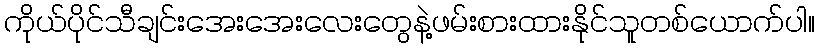
ကိုယ်ပိုင်သီချင်းအေးအေးလေးတွေနဲ့ဖမ်းစားထားနိုင်သူတစ်ယောက်ပါ။